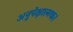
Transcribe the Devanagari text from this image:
अनुपेक्षात्मक।